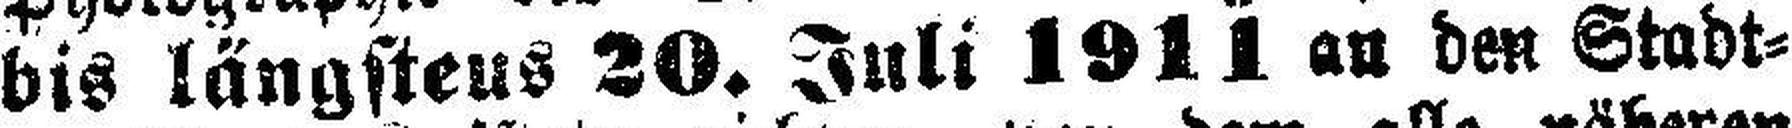
bis längsteus 20. Juli 1911 an den Stadt¬